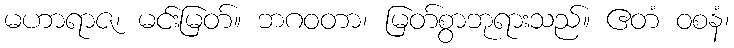
မဟာရာဇ၊ မင်းမြတ်။ ဘဂဝတာ၊ မြတ်စွာဘုရားသည်။ ဧတံ ဝစနံ၊